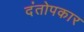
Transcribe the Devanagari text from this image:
दंतोपकार